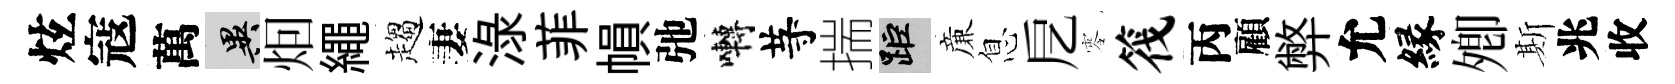
炫寇萬异𤇆繩趨妻渌菲𢄙弛囀䒭揣距亷息戹零筏丙顧弊允縁𡖖斯兆收